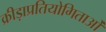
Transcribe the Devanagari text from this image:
क्रीड़ाप्रतियोगिताओं